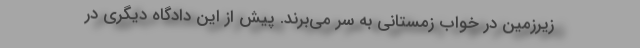
زیرزمین در خواب زمستانی به سر می‌برند. پیش از این دادگاه دیگری در